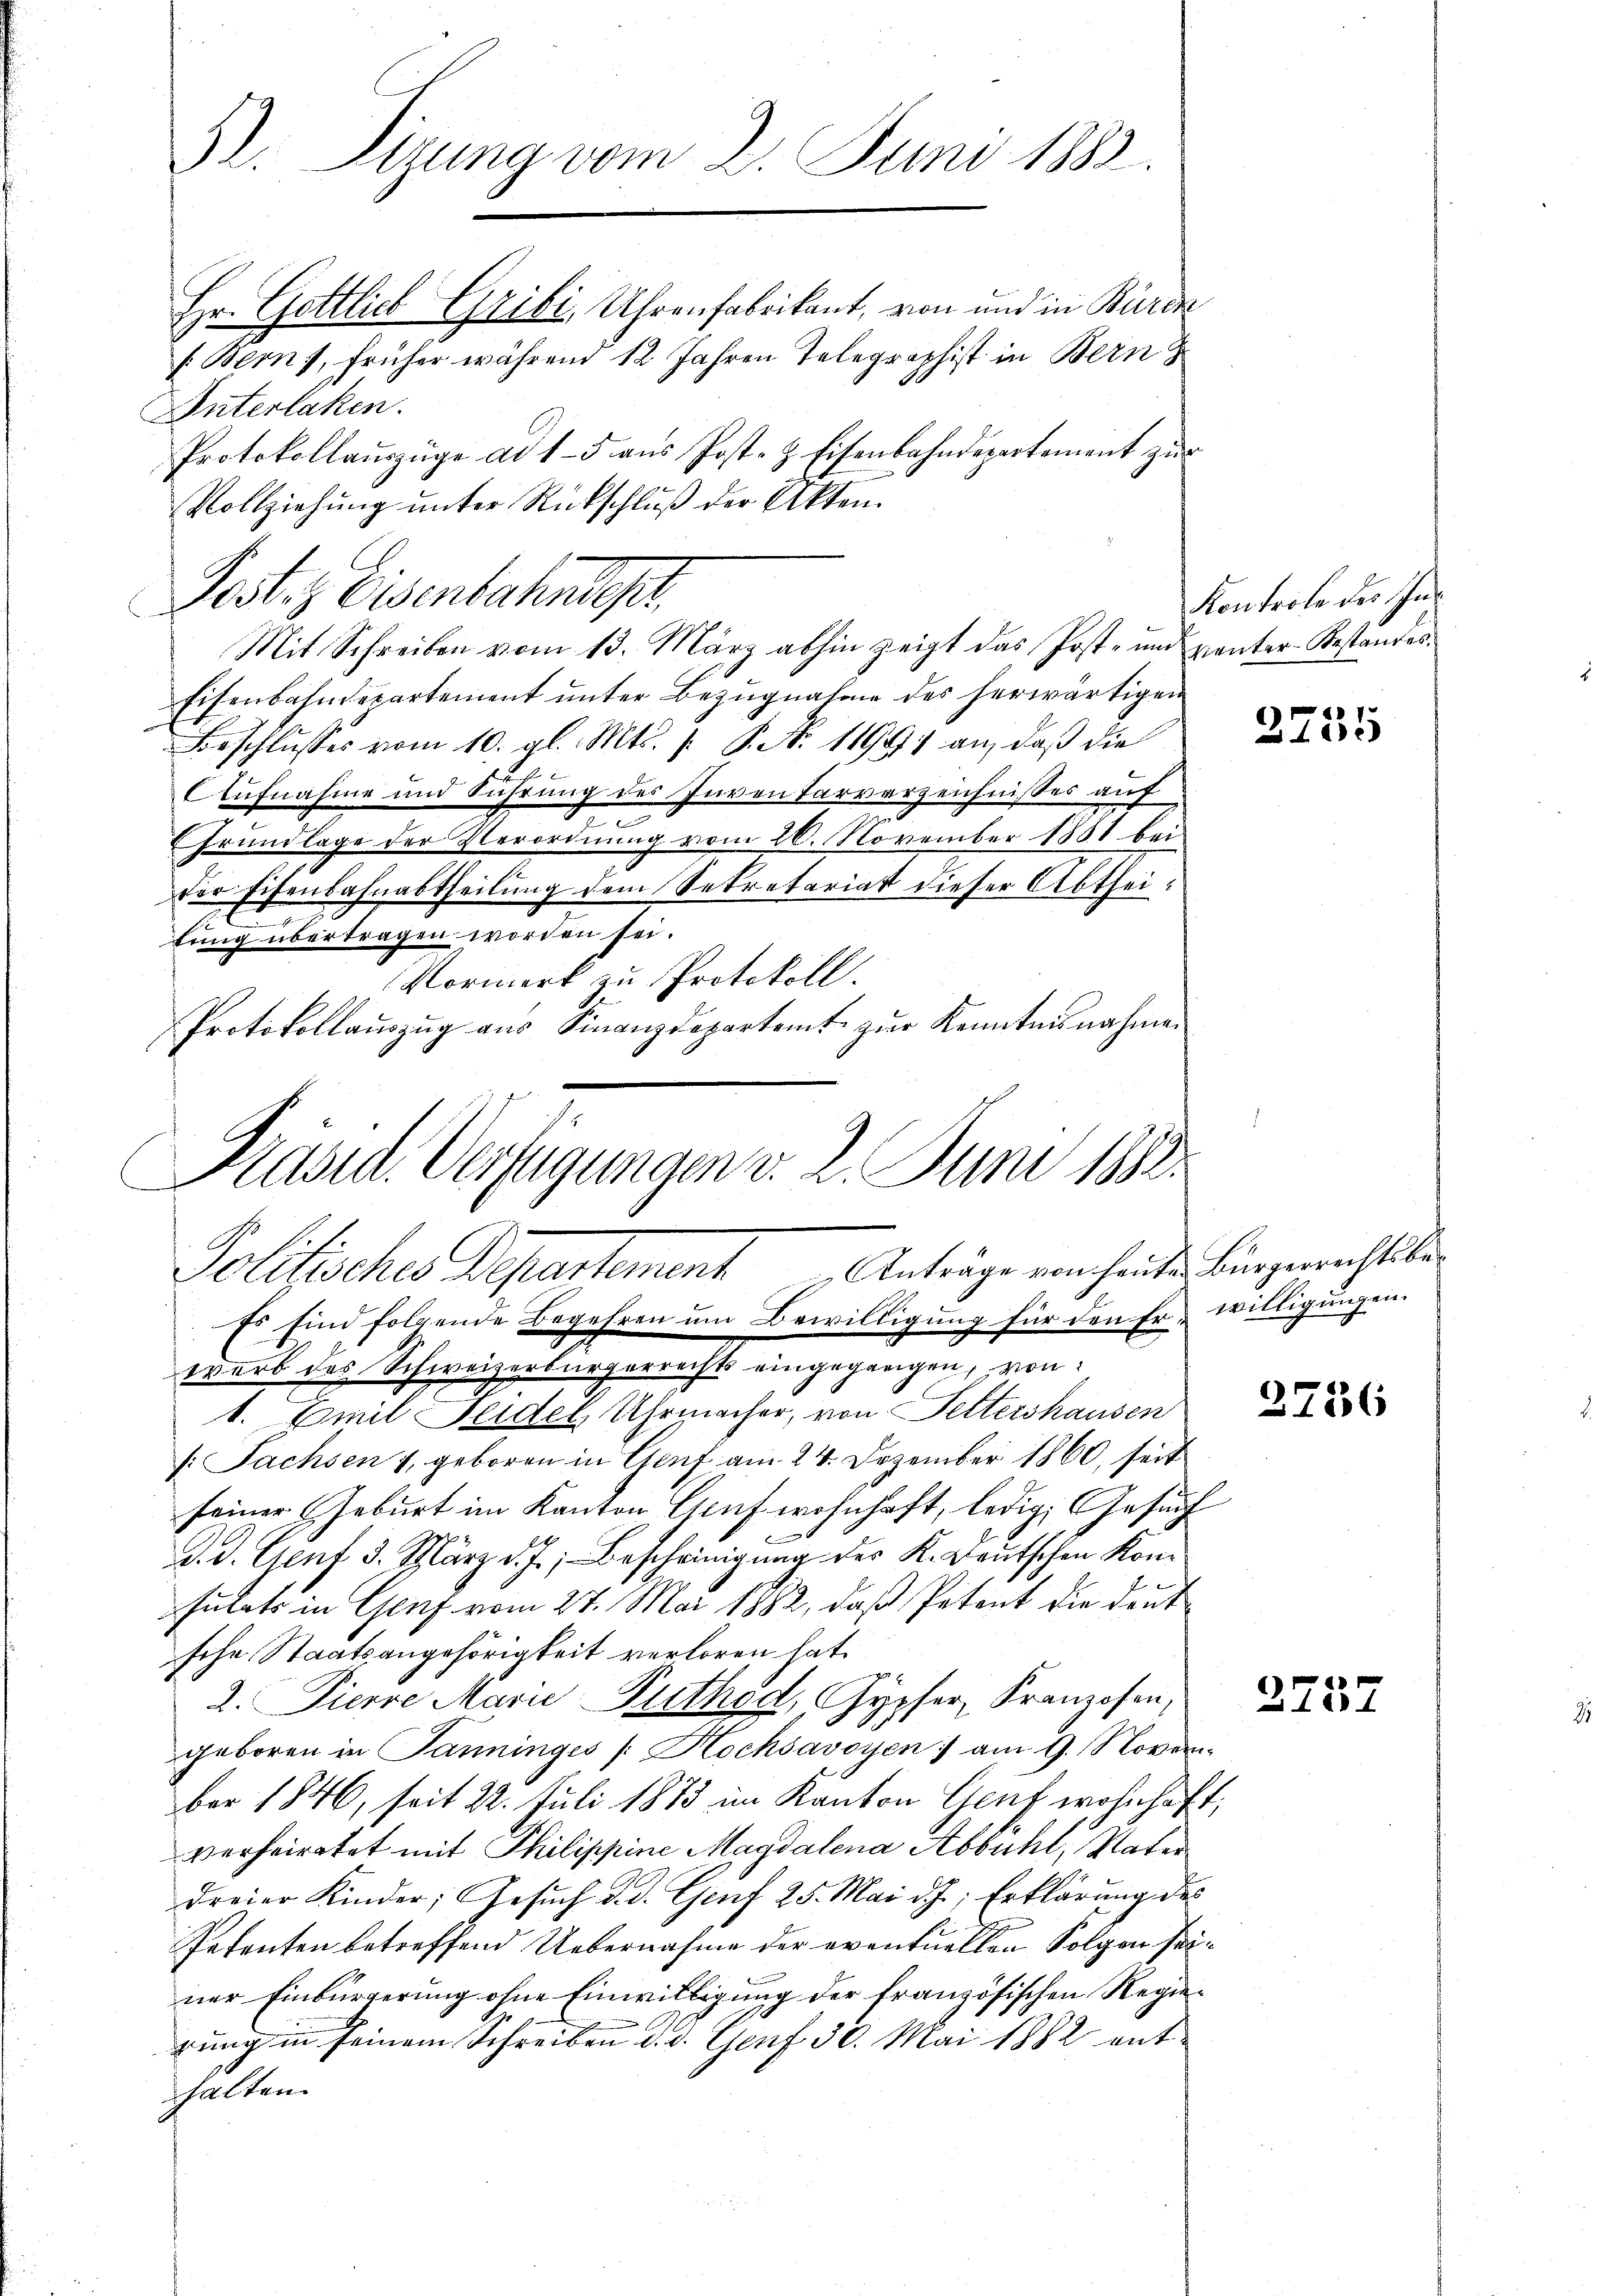
S. Tigung vom 2. Juni 1883.

Hr. Gottlich Gribi, Uhrenfabrikant, von und in Bürde
(Berns, früher während 12 Jahren Telegraphist in Bern
Unterlaken.
Fest. Eisenbahndepar
Eisenbahndepartement unter Bezugnahme des herwärtigen
Beschlusses vom 10. gl. Mts. f. P. N. 11991 an, daß die
7.
Aufnahme und Führung des Inventarverzeichnisses auf
Grundlage der Verordnung vom 26. November 1881 bei
der Eisenbahnabtheilung dem Sekretariat dieser Abtheilung übertragen worden sei.
Vormerk zu Protokoll.
Protokollaŭszŭg aŭs Finanzdepartamt zŭr Kenntnisnahme

Protokollauszüge ad 15 aŭs Post- & Eisenbahndepartement zŭr

Vollziehŭng ŭnter Rückschlŭβ der Akten.
Mit Schreiben vom 13. März abhin zeigt das Post- und ganter-Bestandes.

Präsid. Verfügungen v. 2. Juni 1882.
Politisches Departement Anträge vom heuten Bürgerrechtsbe
Es sind folgende Begehren um Bewilligung für den Er willigungen.
warb des Schweizerbürgerrechts eingegangen, von

Kontrole des In¬

1. Emil Seidel, Uhrmacher, von Settershausen
[: Sachsen 1, geboren in Genf am 24. Dezember 1860, seit
seiner Geburt im Kanton Graf wohnhaft, ledig, Gesuch
E
d. d. Genf 3. März d. J., Bescheinigung des K. Deutschen Konfulats in Genf vom 27. Mai 1882, daß Petent die deut
sche Staatsangehörigkeit verloren hat.
2. Pierre Marie Puthod, Gypfer, Franzosen,
geboren in Panninges /: Hochsavoyen ) am 9. Novem
ber 1846, seit 22. Juli 1873 im Kanton Genf wohnhaft,
verheiratet mit Philippine Magdalena Abbühl, Vater
dreier Kinder; Gesŭch d. d. Genf 25. Mai d. J., Erklärung des
Petenten betreffend Uebernahme der eventuellen Folgen seiner Einbürgerung ohne Einwilligung der französischen Regierung in seinem Schreiben d. d. Genf 30. Mai 1882 ent
halten.

2735

2736

2757